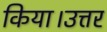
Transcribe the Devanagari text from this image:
किया।उत्तर